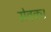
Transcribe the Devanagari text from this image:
सेवक।